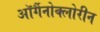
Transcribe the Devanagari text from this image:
ऑर्गैनोक्लोरीन